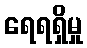
ရေရရှိမှု